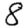
Digit: 8